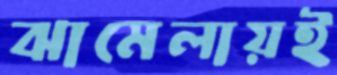
ঝামেলায়ই